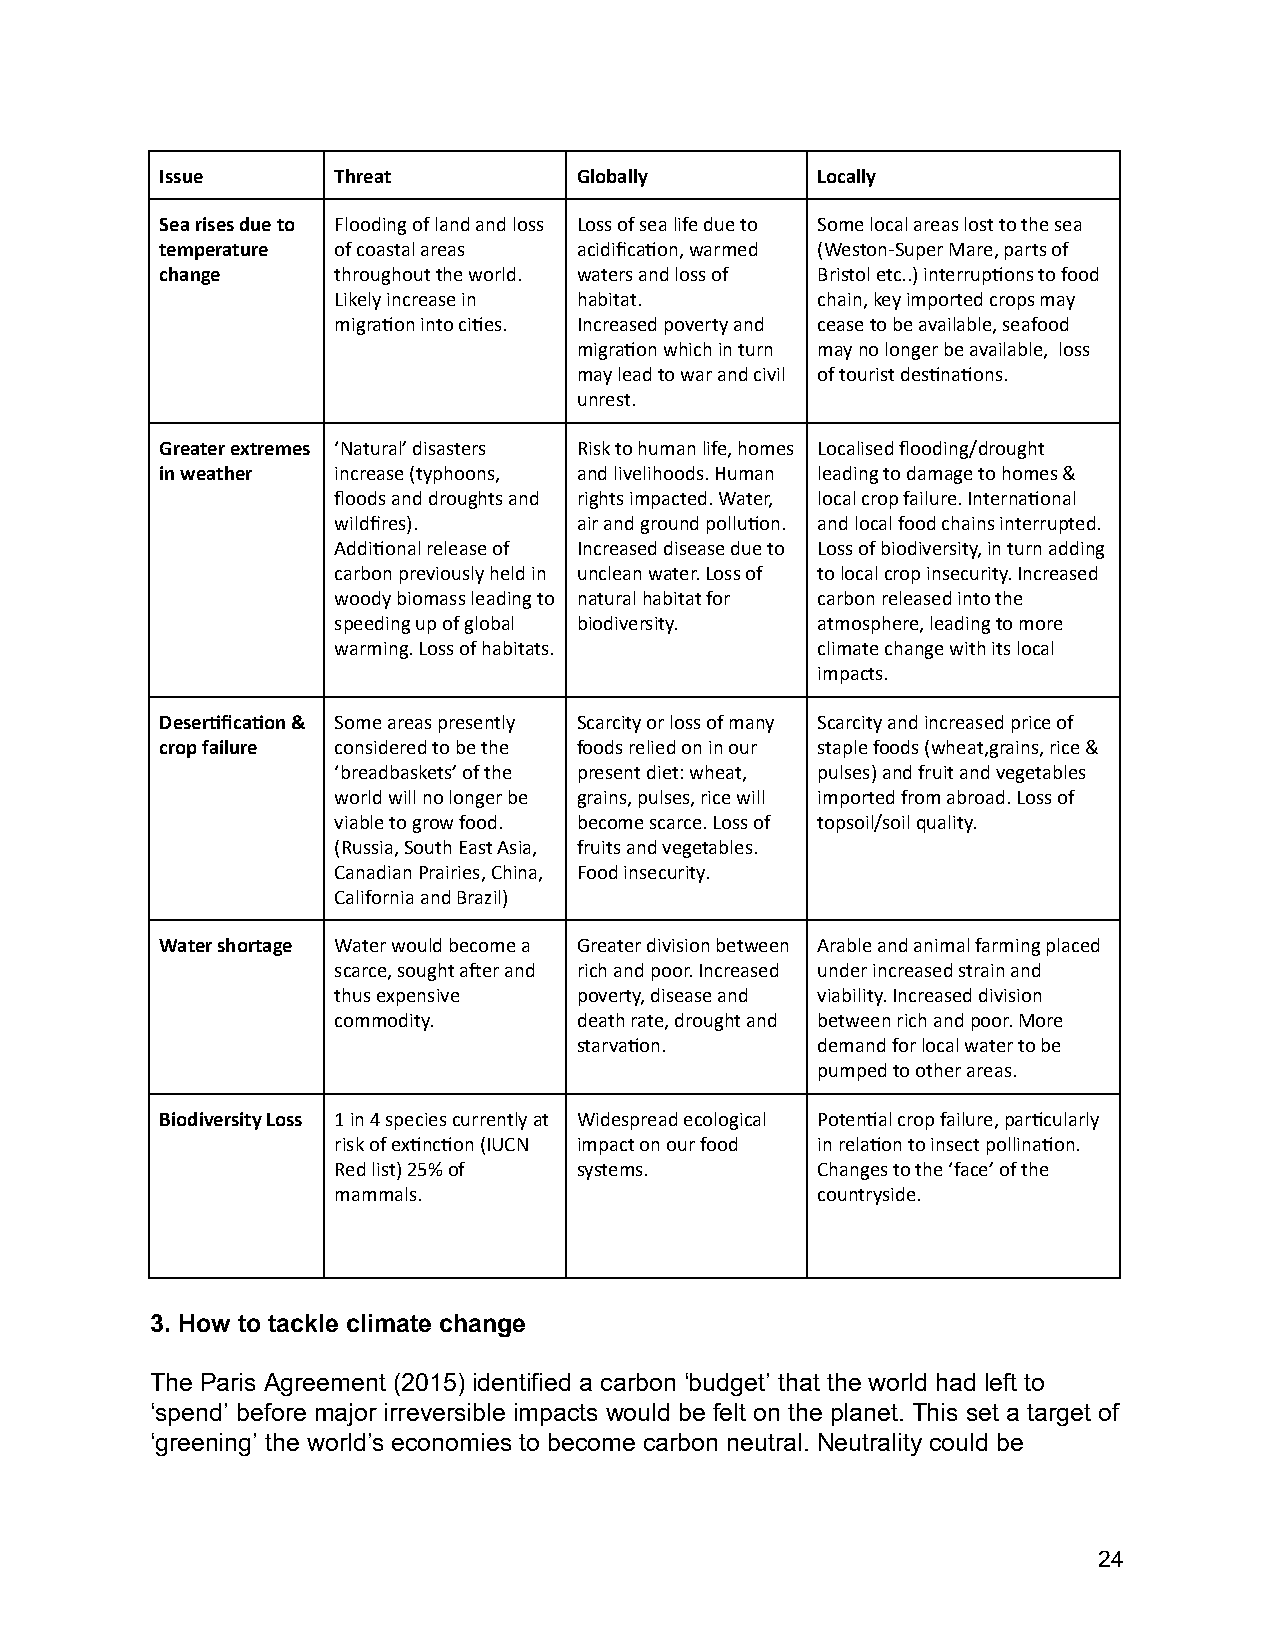
Issue      Threat          Globally        Locally
 Sea rises due to Flooding of land and loss Loss of sea life due to Some local areas lost to the sea
 temperature of coastal areas acidificaon, warmed (Weston-Super Mare, parts of
 change     throughout the world. waters and loss of Bristol etc..) interrupons to food
 Likely increase in habitat.     chain, key imported crops may
 migraon into cies. Increased poverty and cease to be available, seafood
 migraon which in turn may no longer be available, loss
 may lead to war and civil of tourist desnaons.
 unrest.
 Greater extremes ‘Natural’ disasters Risk to human life, homes Localised flooding/drought
 in weather increase (typhoons, and livelihoods. Human leading to damage to homes &
 floods and droughts and rights impacted. Water, local crop failure. Internaonal
 wildfires).     air and ground polluon. and local food chains interrupted.
 Addional release of Increased disease due to Loss of biodiversity, in turn adding
 carbon previously held in unclean water. Loss of to local crop insecurity. Increased
 woody biomass leading to natural habitat for carbon released into the
 speeding up of global biodiversity. atmosphere, leading to more
 warming. Loss of habitats.      climate change with its local
 impacts.
 Deserficaon & Some areas presently Scarcity or loss of many Scarcity and increased price of
 crop failure considered to be the foods relied on in our staple foods (wheat,grains, rice &
 ‘breadbaskets’ of the present diet: wheat, pulses) and fruit and vegetables
 world will no longer be grains, pulses, rice will imported from abroad. Loss of
 viable to grow food. become scarce. Loss of topsoil/soil quality.
 (Russia, South East Asia, fruits and vegetables.
 Canadian Prairies, China, Food insecurity.
 California and Brazil)
 Water shortage Water would become a Greater division between Arable and animal farming placed
 scarce, sought aer and rich and poor. Increased under increased strain and
 thus expensive  poverty, disease and viability. Increased division
 commodity.      death rate, drought and between rich and poor. More
 starvaon.      demand for local water to be
 pumped to other areas.
 Biodiversity Loss 1 in 4 species currently at Widespread ecological Potenal crop failure, parcularly
 risk of exncon (IUCN impact on our food in relaon to insect pollinaon.
 Red list) 25% of systems.       Changes to the ‘face’ of the
 mammals.                        countryside.
 3. How to tackle climate change
 The Paris Agreement (2015) identified a carbon ‘budget’ that the world had left to
 ‘spend’ before major irreversible impacts would be felt on the planet. This set a target of
 ‘greening’ the world’s economies to become carbon neutral. Neutrality could be
 24